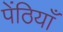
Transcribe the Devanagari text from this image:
पेंठियाँ